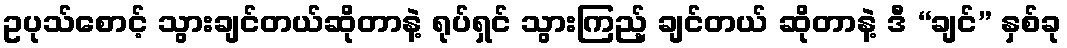
ဥပုသ်စောင့် သွားချင်တယ်ဆိုတာနဲ့ ရုပ်ရှင် သွားကြည့် ချင်တယ် ဆိုတာနဲ့ ဒီ “ချင်” နှစ်ခု